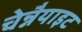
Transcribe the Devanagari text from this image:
चेन्नैयाइट